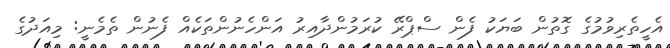
އެހީތެރިވުމުގެ ގޮތުން ބަޔަކު ފެން ސްޕްރޭ ކުރަމުންދާއިރު އަންހެނުންތަކެއް ފެނުން ތެމެނީ: މިއަދުގެ